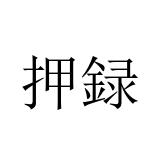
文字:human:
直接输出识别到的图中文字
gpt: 押録